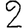
Digit: 2